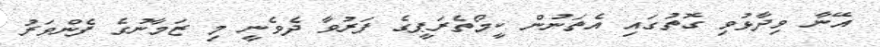
އޭނާ ވިދާޅުވި ގޮތުގައި އެތަނުން ކީމޯތެރަޕީގެ ފަރުވާ ދެވެނީ މި ޒަމާނުގެ ފެންވަރު